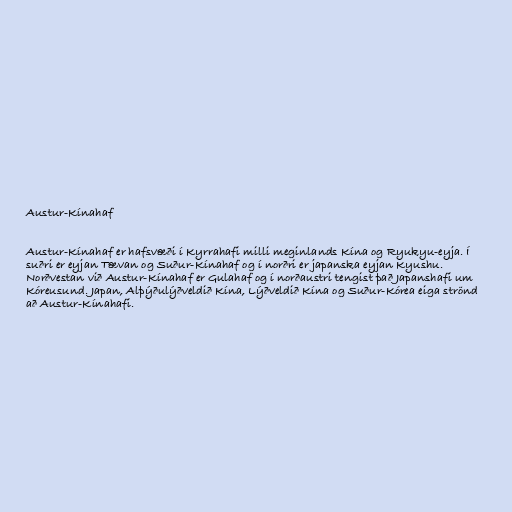
Austur-Kínahaf

Austur-Kínahaf er hafsvæði í Kyrrahafi milli meginlands Kína og Ryukyu-eyja. Í
suðri er eyjan Tævan og Suður-Kínahaf og í norðri er japanska eyjan Kyushu.
Norðvestan við Austur-Kínahaf er Gulahaf og í norðaustri tengist það Japanshafi um
Kóreusund. Japan, Alþýðulýðveldið Kína, Lýðveldið Kína og Suður-Kórea eiga strönd
að Austur-Kínahafi.